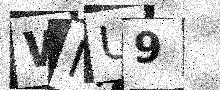
Text: WMU9